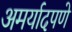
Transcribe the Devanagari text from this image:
अमर्यादपणे